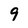
Character: 9